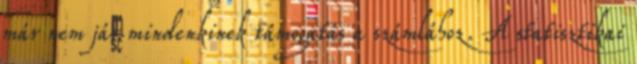
már nem jár mindenkinek támogatás a számlához. A statisztikai